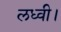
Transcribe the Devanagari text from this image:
लध्वी।